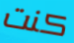
كنت